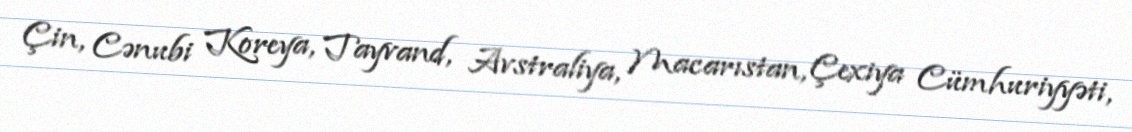
Çin, Cənubi Koreya, Tayvand, Avstraliya, Macarıstan, Çexiya Cümhuriyyəti,